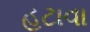
હટાવા